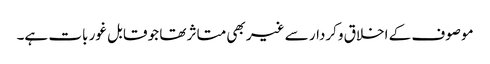
موصوف کے اخلاق وکردار سے غیر بھی متاثر تھا جو قابل غور بات ہے۔